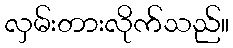
လှမ်းတားလိုက်သည်။